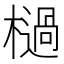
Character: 檛